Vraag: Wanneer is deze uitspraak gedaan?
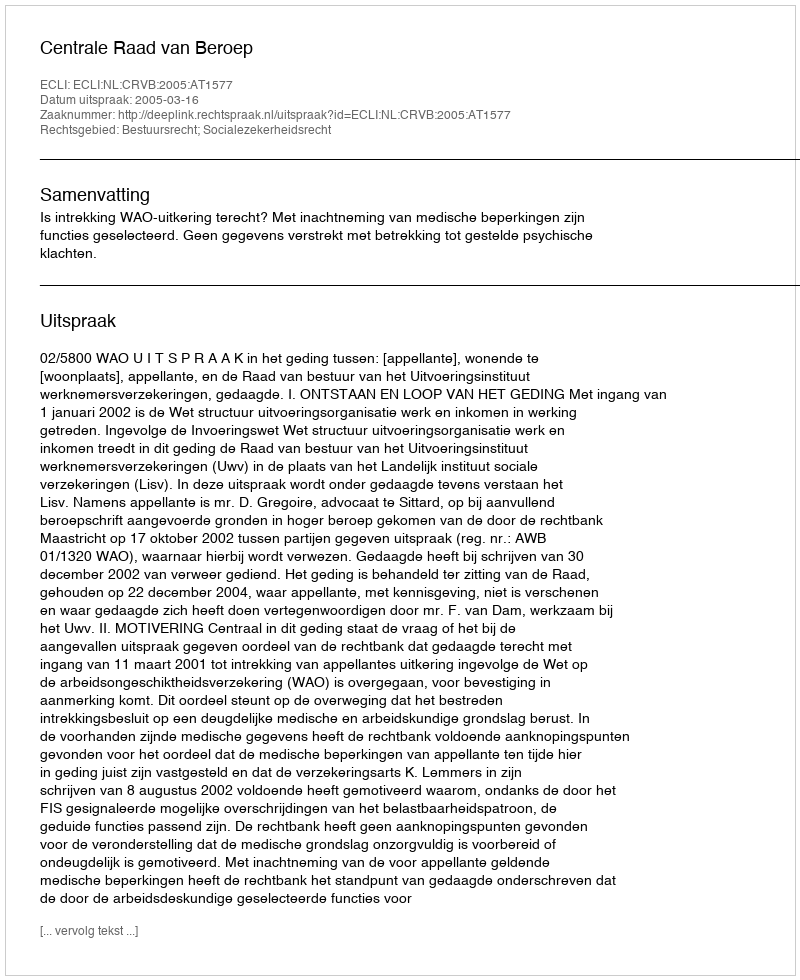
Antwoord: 2005-03-16